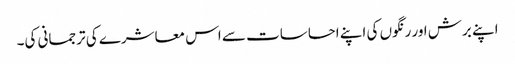
اپنے برش اور رنگوں کی اپنے احساسات سے اس معاشرے کی ترجمانی کی۔